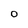
Character: O